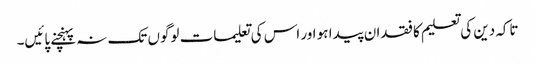
تاکہ دین کی تعلیم کا فقدان پیدا ہو اور اس کی تعلیمات لوگوں تک نہ پہنچنے پائیں۔